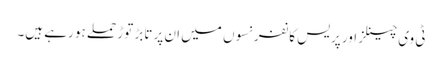
ٹی وی چینلز اور پریس کانفرنسوں میں ان پر تابڑ توڑ حملے ہو رہے ہیں۔